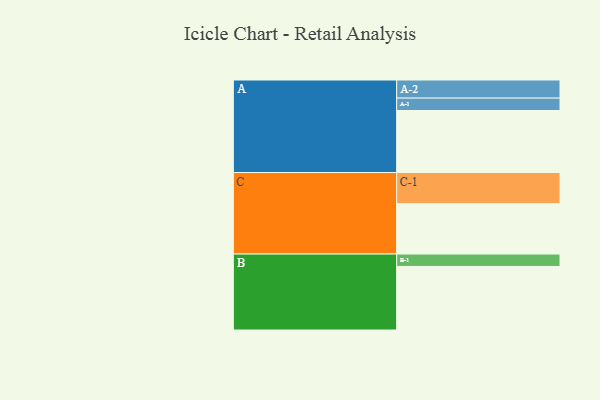
{"axis": {"x": "Segment", "y": "Value"}, "legend": ["", "A", "B", "C"], "data": [{"x": "A", "y": 524, "type": ""}, {"x": "B", "y": 537, "type": ""}, {"x": "C", "y": 426, "type": ""}, {"x": "A-1", "y": 105, "type": "A"}, {"x": "A-2", "y": 153, "type": "A"}, {"x": "B-1", "y": 105, "type": "B"}, {"x": "C-1", "y": 263, "type": "C"}]}